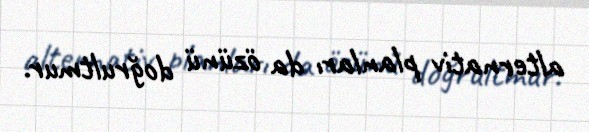
alternativ planları da özünü doğrultmur.